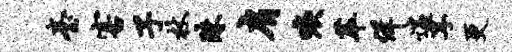
台害子杖珠肩唳萃佯遄享更